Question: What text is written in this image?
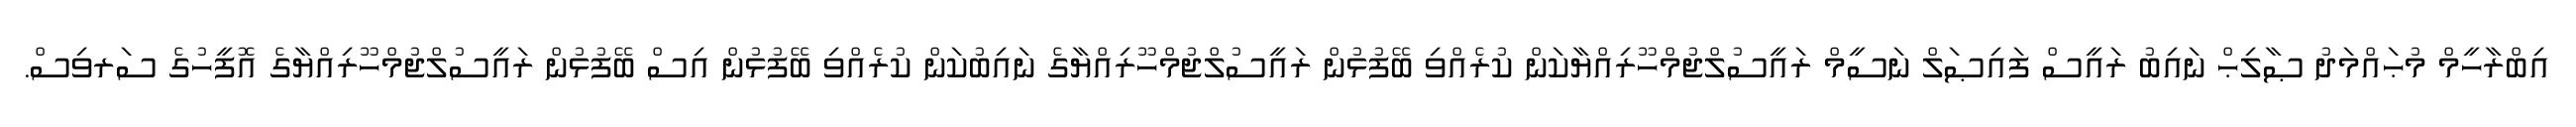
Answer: އިބްރާހީމް މުޙައްމަދު ޞާލިޙް ނައިބު ރައީސް ފައިޞަލް ނަސީމް ރައީސުލްޖުމްހޫރިއްޔާކަން ކުރެއްވި ބޭފުޅުން ރައީސުލްޖުމްހޫރިއްޔާގެ ނައިބުކަން ކުރެއްވި ބޭފުޅުން އިސް ބޭފުޅުން ރައީސުލްޖުމްހޫރިއްޔާގެ އޮފީހުގެ ސަރވިސް.